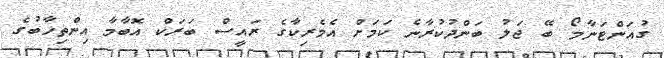
ގުއަންޓަނާމޯ ބޭ ޖަލު ބަންދުކުރާނެ ކަމަށް އެމެރިކާގެ ރައީސް ބަރަކް އޮބާމާ އިންތިހާބުގެ